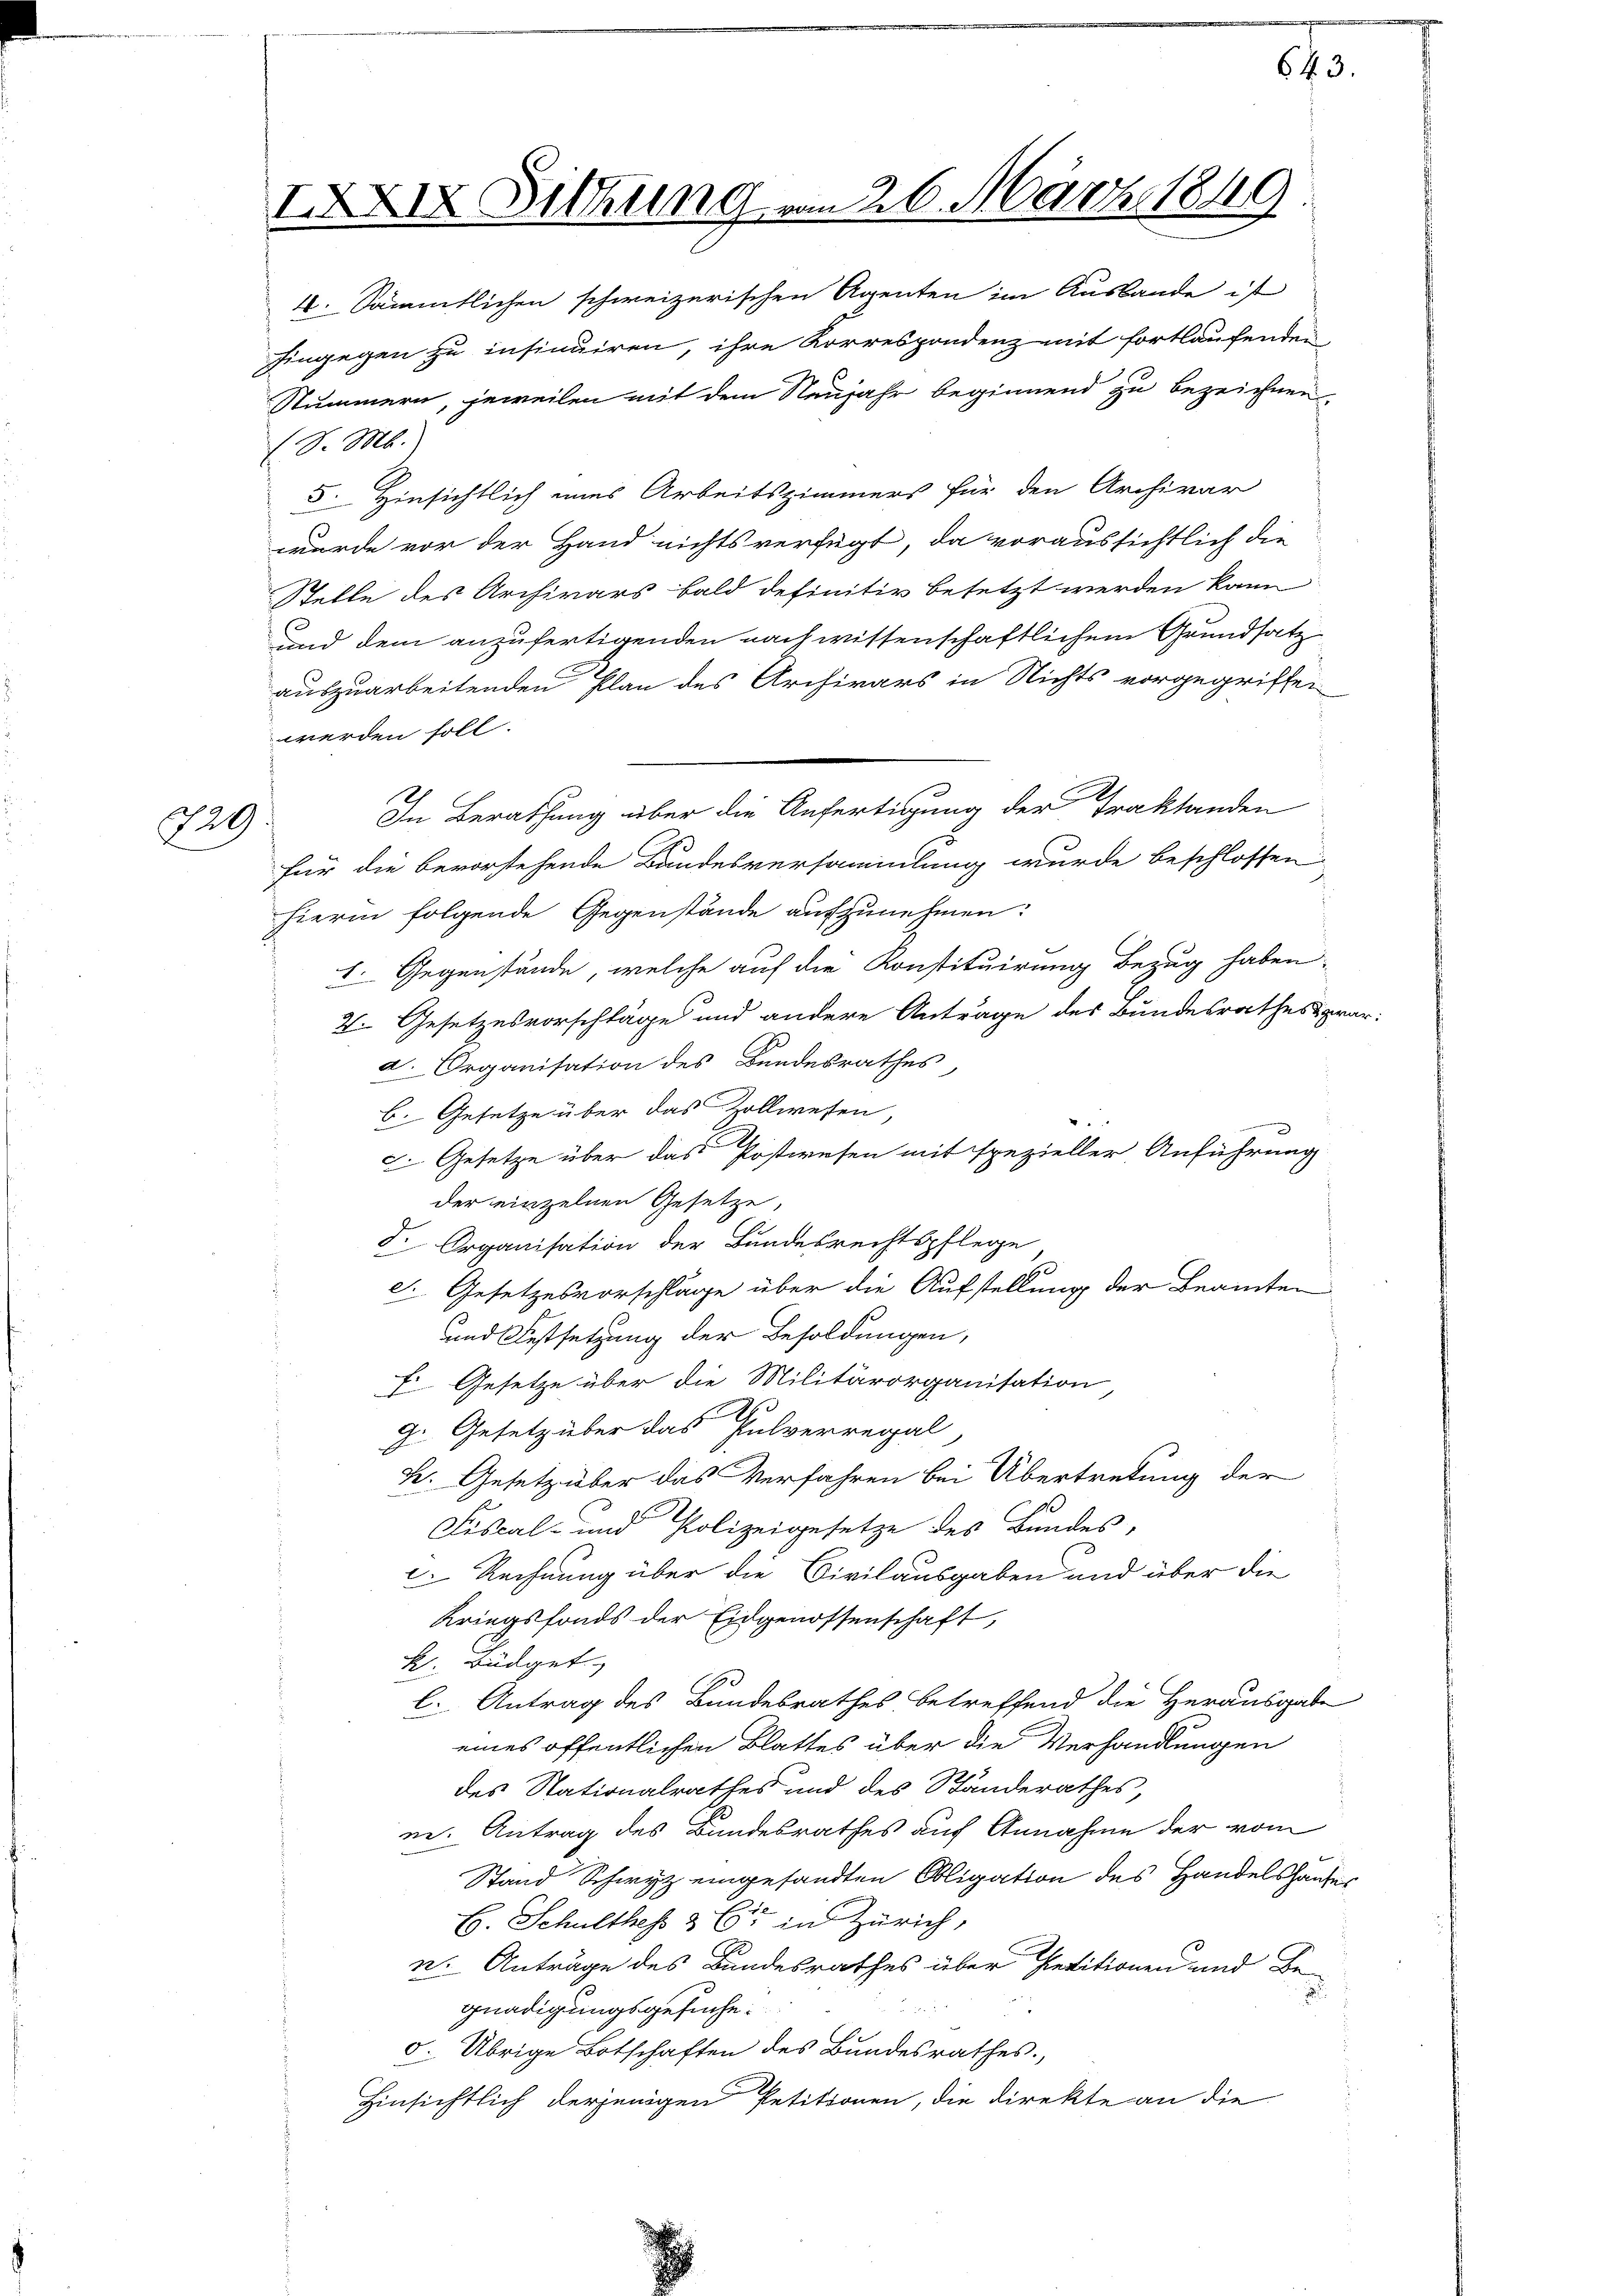
729.

XXIX Sitzung vom 26. März 1849

4. Sämmtlichen schweizerischen Agenten im Ausbaude ist
hingegen zu insinuiren, ihre Korrespondenz mit fortlaufenden
Nummern, jeweilen mit dem Neujahr beginnend zu bezeichnen,
(S. M.
5. Hinsichtlich eines Arbeitszimmers für den Archivar
wurde vor der Hand nichts verfügt, da voraussichtlich die
Stelle des Archivars bald definitiv besetzt werden kann
und dem anzufertigenden nach wissenschaftlichem Grundsatz
auszuarbeitenden Plan des Archivars in Nichts vorgegriffen
werden soll.
In Berathung über die Anfertigung der Traktanden
für die bevorstehende Bandesversammlung wurde beschlossen
hierin folgende Gegenstände aufzunehmen:
1. Gegenstände, welche auf die Konstituirung Bezug haben
2. Gesetzesvorschläge und andere Antrage des Bundesrathes prar:
a Organisation des Bundesrathes
b. Gesetze über das Zollwesen,
c. Gesetze über das Postwesen mit spezieller Anführung
der einzelnen Gesetze,
F. Organisation der Bundesrechtspflege
d. Gesetzesvorschläge über die Aufstellung der Beamten
und Festsetzung der Besoldungen,
F. Gesetze über die Militärorganisation,
2
g. Gesetz über das Pulverregal,
L. Gesetz über das Verfahren bei Übertretung der
Fiscal- und Polizeigesetze des Bundes,
2. Rechnung über die Civilausgaben und über die
Kriegsfonds der Eidgenossenschaft,
k. Büdget
l. Antrag des Bundesrathes betreffend die Herausgabe
eines öffentlichen Blattes über die Verhandlungen
des Nationalrathes und des Standerathes,
ne. Antrag des Bundesrathes auf Annahme der vom
Stand Schwyz eingesandten Obligation des Handelshauses
B. Schulthes & Er in Zürich,
n. Anträge des Bundesrathes über Petitionen und Be-
 x
gnadigungsgesuche:
5. Übrige Botschaften des Bundesrathes.
Hinsichtlich derjenigen Petitionen, die Direkte an die

.